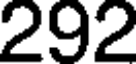
292